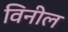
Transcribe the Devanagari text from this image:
विनील